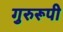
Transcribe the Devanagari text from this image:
गुरुरूपी